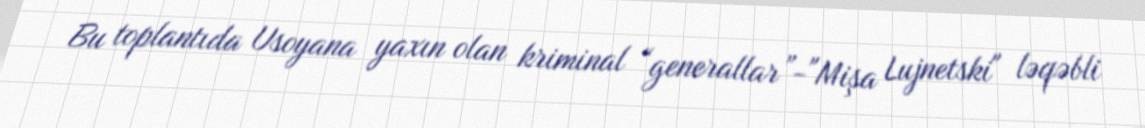
Bu toplantıda Usoyana yaxın olan kriminal “generallar”-"Mişa Lujnetski" ləqəbli